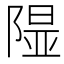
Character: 𨻥